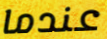
عندما